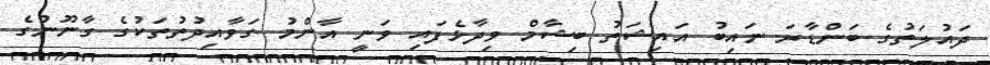
ދައުލަތުގެ ބަންޑާރަ ނައިބު އައިޝަތު ބިޝާމް ވިދާޅެފައި ވަނީ އާންމު ގަވާއިދުތުތަކުގެ ގާނޫނުގެ